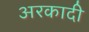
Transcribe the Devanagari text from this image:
अरकादी